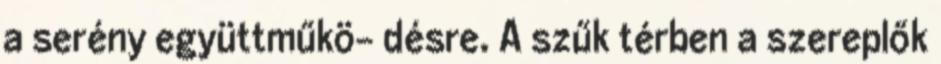
a serény együttműkö- désre. A szűk térben a szereplők